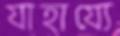
যাহায্যে